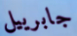
جابرييل